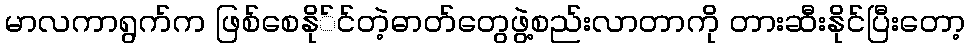
မာလကာရွက်က ဖြစ်စေနို်င်တဲ့ဓာတ်တွေဖွဲ့စည်းလာတာကို တားဆီးနိုင်ပြီးတော့